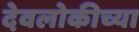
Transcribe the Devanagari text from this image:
देवलोकीच्या